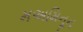
મઅમિનૂન